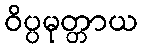
ဝိပ္ပမုတ္တာယ